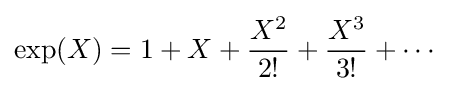
\exp(X)=1+X+{\frac {X^{2}}{2!}}+{\frac {X^{3}}{3!}}+\cdots